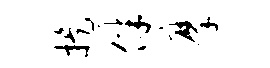
提伴摩